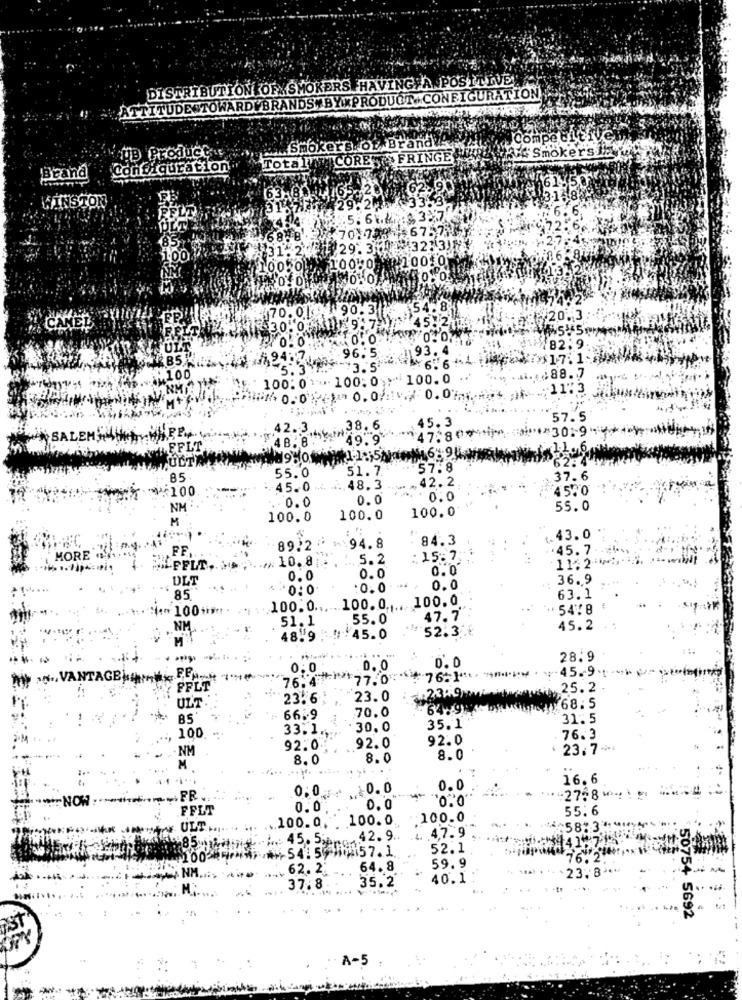
DISTRIBUTIONFOF SMOKERS HAVING A POSITIVE
"ATTITUDE TOWARDVBRANDS BYIXPRODUCT CONFIGURATION
Competiti
AUD Product
. Smokers.of Brandif
Tota I V CORE & FRINGE
4Smokers
Configuration
Brand
WINSTON
1218
5.66.
70 70367573
68%
¥29.3 0 432135
70.01 90.3
54.8
1006/20,3
30.00101 9:7
96.5
93. 4
6. 6 +4
$17:1
3.5
100: 0 1 . 100;0
100.0
.: 88. 7
. 11"3
1v. /0.0. A.4.
45.3
57.5
F ...
42 .- 3
38. 6
SALEM'
48. 8
49.9
EFLT
TULTA
55.0
51.7
57.8
85
42.2
.37.6
45100
45.0 - ...
48.3
4570
0.0
0.0
0:0
NM
100.0
55.0
M
100.0
100.0
84.3
.43.0
MORE
FF
89.2
94.8
.45. 7
10.8;
5.2
: 15:7.
11:2 .***
"ILPPLT ..
0.0
DLT
0.0
0.0
36.9
.0. 0
0.0
85.
63.1
+100 +++
100.0 ... . 100.0 .... 100.0
5478
51.1
55.0
47.7
NM
52.3.
45.2
48.9
45.0
28.9
0:0
0.0
0.0
45.9 .1.
., VANTAGEM FER- 140
76.4
77.0%
PFLT
25.2
23.6
23.0
4.2349
ULT.
70.0
64.9
68.5
85
6619
31.5
100
33.1.
30.0
35.1
92.0
76.3
NM
92.0
92.0
23.7+1
8.0
8.0
8.0
M
16.6
0;0
-0.0
0.0
-NOW :-
FR.
⑆2758⑈ *!
FFLT
0.0
0,0
55.6
.100.0.
100.0
100.0
ULT.
.5873
45. 5;
42. 9 ..
.4,7.9
54: 554
52.1
100
$157.1.
59.9
NM
62.2.
64.8
23. 8 ...
40.1
7.8
35.2
50754 5692
A-5